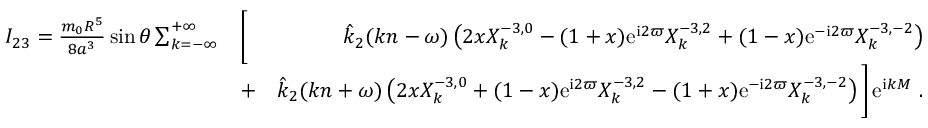
\begin{array} { r l r } { I _ { 2 3 } = \frac { m _ { 0 } R ^ { 5 } } { 8 a ^ { 3 } } \sin \theta \sum _ { k = - \infty } ^ { + \infty } } & { \bigg [ } & { \hat { k } _ { 2 } ( k n - \omega ) \left( 2 x X _ { k } ^ { - 3 , 0 } - ( 1 + x ) \mathrm { e } ^ { \mathrm { i } 2 \varpi } X _ { k } ^ { - 3 , 2 } + ( 1 - x ) \mathrm { e } ^ { - \mathrm { i } 2 \varpi } X _ { k } ^ { - 3 , - 2 } \right) } \\ & { + } & { \hat { k } _ { 2 } ( k n + \omega ) \left( 2 x X _ { k } ^ { - 3 , 0 } + ( 1 - x ) \mathrm { e } ^ { \mathrm { i } 2 \varpi } X _ { k } ^ { - 3 , 2 } - ( 1 + x ) \mathrm { e } ^ { - \mathrm { i } 2 \varpi } X _ { k } ^ { - 3 , - 2 } \right) \bigg ] \, \mathrm { e } ^ { \mathrm { i } k M } \ . } \end{array}